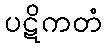
ပဋိကတံ